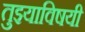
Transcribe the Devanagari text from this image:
तुझ्याविषयी